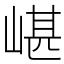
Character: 嵁